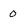
Character: o